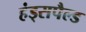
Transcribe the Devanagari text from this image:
हंड्सपैल्ड